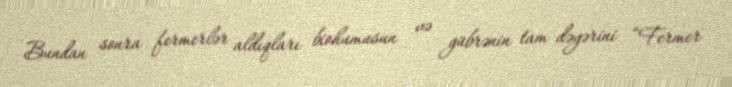
Bundan sonra fermerlər aldıqları biohumusun və gübrənin tam dəyərini “Fermer